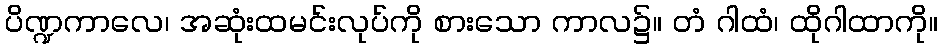
ပိဏ္ဍကာလေ၊ အဆုံးထမင်းလုပ်ကို စားသော ကာလ၌။ တံ ဂါထံ၊ ထိုဂါထာကို။